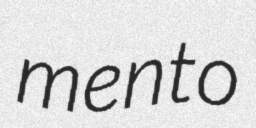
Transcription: mento